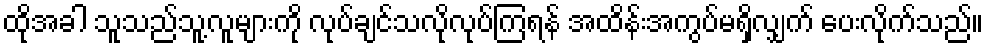
ထိုအခါ သူသည်သူ့လူများကို လုပ်ချင်သလိုလုပ်ကြရန် အထိန်းအကွပ်မရှိလျှက် ပေးလိုက်သည်။